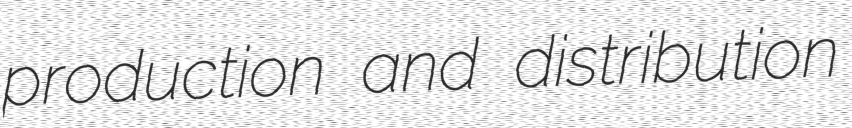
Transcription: production and distribution